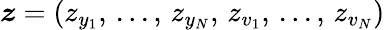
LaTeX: \boldsymbol{z}=(z_{y_{1}},\, ...,\, z_{y_{N}},\, z_{v_{1}},\, ...,\, z_{v_{N}})